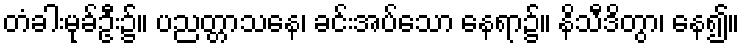
တံခါးမုခ်ဦး၌။ ပညတ္တာသနေ၊ ခင်းအပ်သော နေရာ၌။ နိသီဒိတွာ၊ နေ၍။